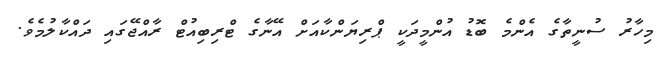
މިހާރު ސުނީތާގެ އެންމެ ބޮޑު އުންމީދަކީ ޕްރިޔަންކާއަށް އޭނާގެ ޓްރިބިއުޓް ރާއްޖޭގައި ދައްކާލުމެވެ.